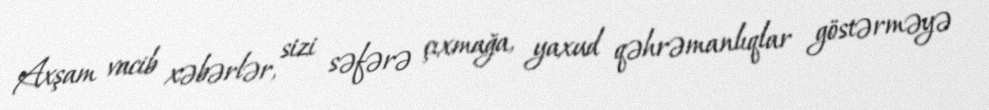
Axşam vacib xəbərlər, sizi səfərə çıxmağa, yaxud qəhrəmanlıqlar göstərməyə